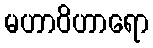
မဟာဝိဟာရော